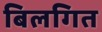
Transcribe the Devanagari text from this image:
बिलगित